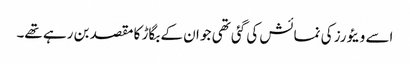
اسے ویئورز کی نمائش کی گئی تھی جو ان کے بگاڑ کا مقصد بن رہے تھے۔